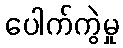
ပေါက်ကွဲမှု